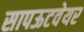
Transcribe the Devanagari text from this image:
सापऊटवेयर